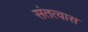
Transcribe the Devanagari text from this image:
संतत्वास